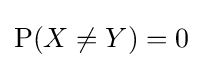
\operatorname {P} (X\neq Y)=0